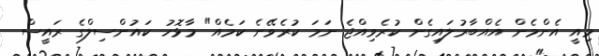
މިއީ އެންމެން އެއްބާރުލައިގެން ކުރެވިއްޖެ ނަމަ ކުރެވޭނެ ކަމެއް" މާޅޮހު ކައުންސިލްގެ ރައީސް